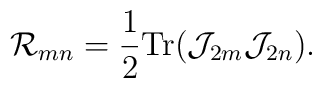
{\cal R}_{mn}=\frac{1}{2} {\rm Tr} ({\cal J}_{2m}{\cal J}_{2n}).